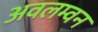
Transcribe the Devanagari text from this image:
अवलम्वन